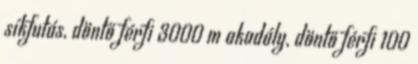
síkfutás, döntő férfi 3000 m akadály, döntő férfi 100